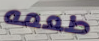
طعمه